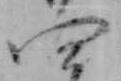
四